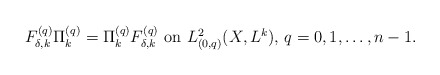
\begin{align*}\mbox{$F^{(q)}_{\delta,k}\Pi^{(q)}_k=\Pi^{(q)}_kF^{(q)}_{\delta,k}$ on $L^2_{(0,q)}(X,L^k)$, $q=0,1,\ldots,n-1$}.\end{align*}